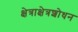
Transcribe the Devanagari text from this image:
क्षेत्राक्षेत्रशोधन